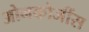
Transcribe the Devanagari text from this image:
ओनकोजींस